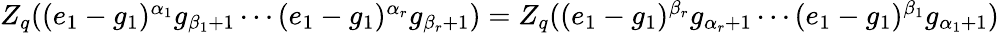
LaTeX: \begin{array}{r}{Z_{q}((e_{1}-g_{1})^{\alpha_{1}}g_{\beta_{1}+1}\cdots(e_{1}-g_{1})^{\alpha_{r}}g_{\beta_{r}+1})=Z_{q}((e_{1}-g_{1})^{\beta_{r}}g_{\alpha_{r}+1}\cdots(e_{1}-g_{1})^{\beta_{1}}g_{\alpha_{1}+1})}\end{array}